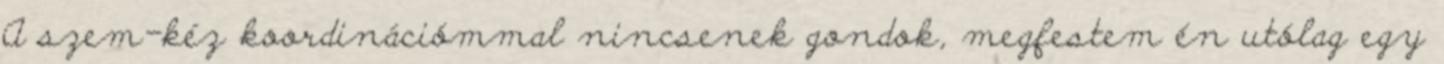
A szem-kéz koordinációmmal nincsenek gondok, megfestem én utólag egy